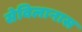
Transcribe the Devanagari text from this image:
सेविलानास